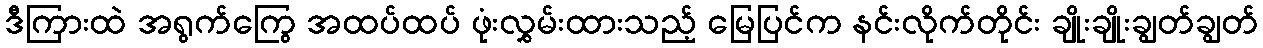
ဒီကြားထဲ အရွက်ကြွေ အထပ်ထပ် ဖုံးလွှမ်းထားသည့် မြေပြင်က နင်းလိုက်တိုင်း ချိုးချိုးချွတ်ချွတ်